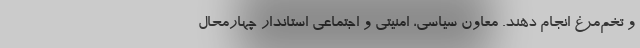
و تخم‌مرغ انجام دهند. معاون سیاسی، امنیتی و اجتماعی استاندار چهارمحال